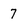
Character: 7